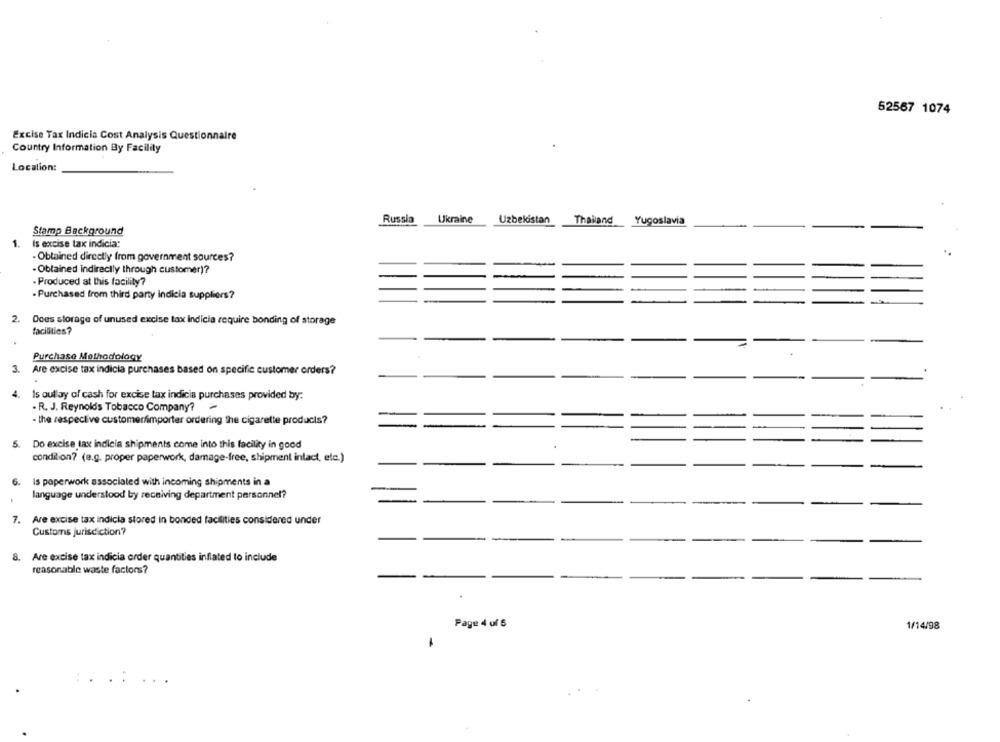
52567 1074
Excise Tax Indicia Cost Analysis Questionnaire
Country Information By Facility
Location:
Russia
Ukraine
Uzbekistan Thailand Yugoslavia
Stamp Background
1. Is excise tax indicia:
- Obtained directly from government sources?
- Obtained indirectly through customer)?
- Produced at this facility?
- Purchased from third party indicia suppliers?
-
2. Does storage of unused excise tax indicia require bonding of storage
facilities?
Purchase Methodology
3.
Are excise tax indicia purchases based on specific customer orders?
4.
Is oullay of cash for excise tax indicia purchases provided by:
. R. J. Reynolds Tobacco Company?
- the respective customerimporter ordering the cigarette products?
--
5. Do excise tax indicia shipments come into this facility in good
condilion? (e.g. proper paperwork, damage-free, shipment intact, etc.)
6.
Is paperwork associated with incoming shipments in a
language understood by receiving department personnel?
7. Are excise tax indicia stored in bonded facilities considered under
Customs jurisdiction?
8.
Are excise tax indicia order quantities inflated to include
reasonable waste factors?
Page 4 of 5
1/14/98
.....